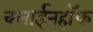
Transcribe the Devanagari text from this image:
क्लाईनहॉफ